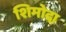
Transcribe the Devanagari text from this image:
शिमोदा